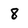
Character: 8